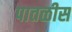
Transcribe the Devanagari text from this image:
पातळीस